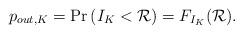
LaTeX: \begin{align*}{p_{out,K}} = \Pr \left( {{I_K} < \mathcal R} \right) = F_{{I_K}}(\mathcal R).\end{align*}